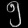
Digit: ၅